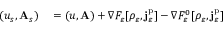
\begin{array} { r l } { ( u _ { s } , \mathbf { A } _ { s } ) } & { { } = ( u , \mathbf { A } ) + \nabla F _ { \varepsilon } [ \rho _ { \varepsilon } , \mathbf { j } _ { \varepsilon } ^ { \mathrm { p } } ] - \nabla F _ { \varepsilon } ^ { 0 } [ \rho _ { \varepsilon } , \mathbf { j } _ { \varepsilon } ^ { \mathrm { p } } ] } \end{array}